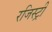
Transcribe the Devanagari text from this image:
रजिस्‍ट्री